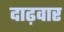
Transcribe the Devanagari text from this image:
दाढ़वार